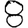
Digit: 8